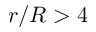
r / R > 4